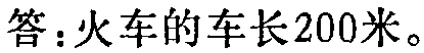
答：火车的车长200米。